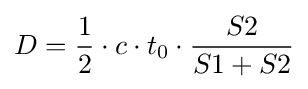
D={\frac {1}{2}}\cdot c\cdot t_{0}\cdot {\frac {S2}{S1+S2}}